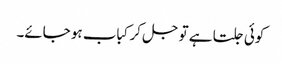
کوئی جلتا ہے تو جل کر کباب ہو جائے۔